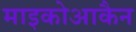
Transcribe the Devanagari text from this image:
माइकोआकैन